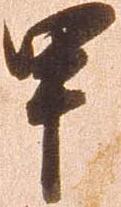
甲